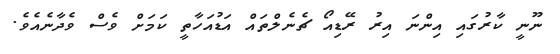
ނޫނީ ކާރުގައި އިންނަ އިރު ރޭޑިއޯ ޗެނެލްތައް އަޑުއަހާތީ ކަމަށް ވެސް ވެދާނެއެވެ.